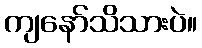
ကျနော်သိသားပဲ။